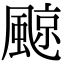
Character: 𩗬